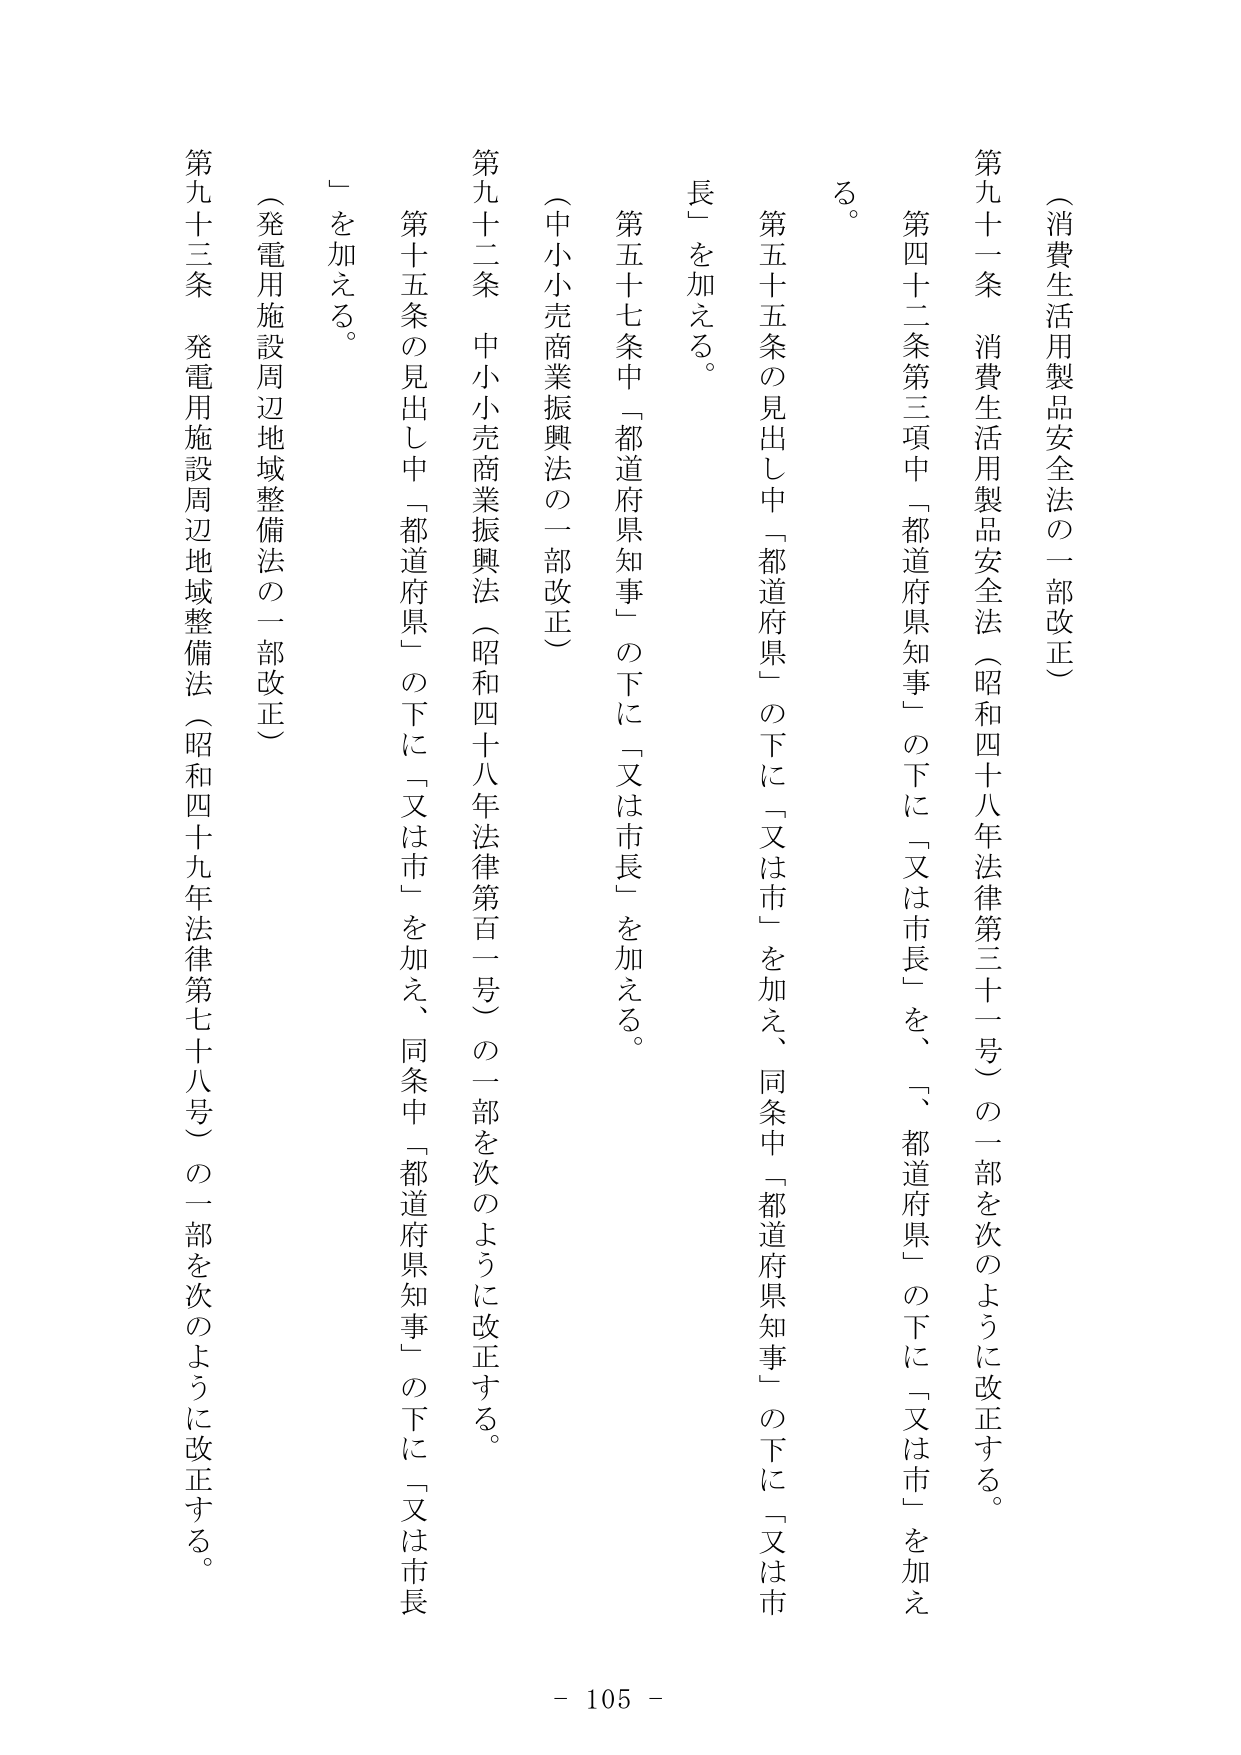
（消費生活用製品安全法の一部改正）

第九十一条 消費生活用製品安全法（昭和四十八年法律第三十一号）の一部を次のように改正する。

第四十二条第三項中「都道府県知事」の下に「又は市長」を、「都道府県」の下に「又は市」を加える。

第五十五条の見出し中「都道府県」の下に「又は市」を加え、同条中「都道府県知事」の下に「又は市長」を加える。

第五十七条中「都道府県知事」の下に「又は市長」を加える。

（中小小売商業振興法の一部改正）

第九十二条 中小小売商業振興法（昭和四十八年法律第一百一号）の一部を次のように改正する。

第十五条の見出し中「都道府県」の下に「又は市」を加え、同条中「都道府県知事」の下に「又は市長」を加える。

（発電用施設周辺地域整備法の一部改正）

第九十三条 発電用施設周辺地域整備法（昭和四十九年法律第七十八号）の一部を次のように改正する。

- 105 -